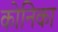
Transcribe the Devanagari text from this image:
कोनिका